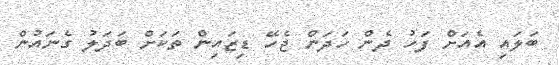
ބަލައި އެއަށް ފަހު ދެން ހަދަން ޖެހޭ ޑިޒައިން ތަކަށް ބަދަލު ގެނައުން